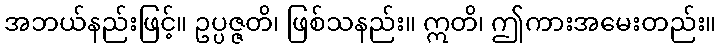
အဘယ်နည်းဖြင့်။ ဥပ္ပဇ္ဇတိ၊ ဖြစ်သနည်း။ ဣတိ၊ ဤကားအမေးတည်း။